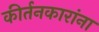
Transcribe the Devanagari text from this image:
कीर्तनकारांना